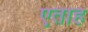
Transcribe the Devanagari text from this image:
एताह